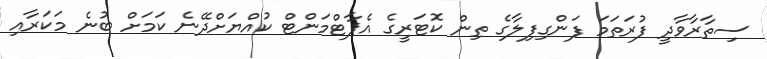
ސިތާރާވާދީ ފުރަތަމަ ފަންގިފިލާގެ ތިން ކޮޓަރީގެ އެޕާޓްމަންޓް ކުއްޔަށްދޭނެ ކަމަށް ބުނެ މަކަރާއި